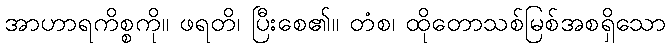
အာဟာရကိစ္စကို။ ဖရတိ၊ ပြီးစေ၏။ တံစ၊ ထိုတောသစ်မြစ်အစရှိသော